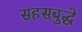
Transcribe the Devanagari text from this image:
सहसबुद्धे